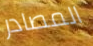
المصادر